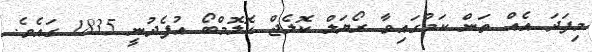
މިފަދަ އެއް ތަން ކަމުގައިވާ ރޯޔަލް ކޮލެޖް ކޮލޮމްބޯ އުފެދުނީ 1835 ގައެވެ.